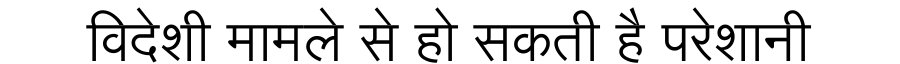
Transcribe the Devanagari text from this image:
विदेशी मामले से हो सकती है परेशानी